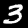
Label: 3